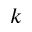
k